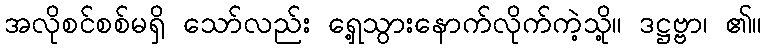
အလိုစင်စစ်မရှိ သော်လည်း ရှေ့သွားနောက်လိုက်ကဲ့သို့။ ဒဋ္ဌဗ္ဗာ၊ ၏။